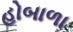
હોબાળા